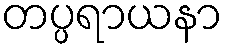
တပ္ပရာယနာ